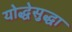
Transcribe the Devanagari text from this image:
योद्धेसुद्धा